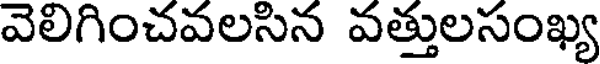
వెలిగించవలసిన వత్తులసంఖ్య